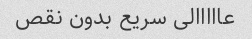
عااااالی سریع بدون نقص